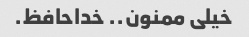
خیلی ممنون.. خداحافظ.